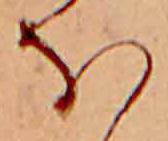
ほ